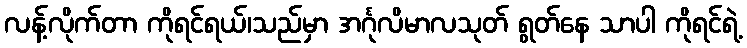
လန့်လိုက်တာ ကိုရင်ရယ်၊သည်မှာ အင်္ဂုလိမာလသုတ် ရွတ်နေ သာပါ ကိုရင်ရဲ့